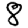
Digit: 8